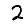
Digit: 2